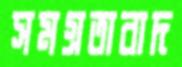
সমগ্রতাবাদ